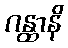
ဂန္ထာနိ